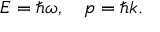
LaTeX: E = \hbar \omega , \quad p = \hbar k .